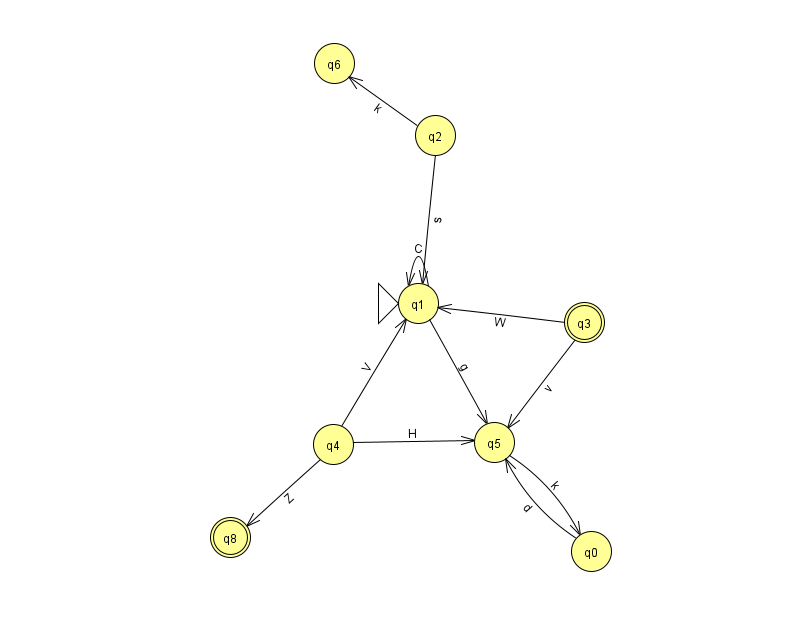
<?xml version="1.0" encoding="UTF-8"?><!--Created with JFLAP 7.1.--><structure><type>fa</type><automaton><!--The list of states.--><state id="0" name="q0"><x>591.0</x><y>538.0</y></state><state id="1" name="q1"><x>418.0</x><y>290.0</y><initial/></state><state id="2" name="q2"><x>435.0</x><y>122.0</y></state><state id="3" name="q3"><x>584.0</x><y>309.0</y><final/></state><state id="4" name="q4"><x>333.0</x><y>431.0</y></state><state id="5" name="q5"><x>494.0</x><y>429.0</y></state><state id="6" name="q6"><x>334.0</x><y>50.0</y></state><state id="8" name="q8"><x>230.0</x><y>524.0</y><final/></state><!--The list of transitions.--><transition><from>4</from><to>5</to><read>H</read></transition><transition><from>1</from><to>1</to><read>C</read></transition><transition><from>2</from><to>1</to><read>s</read></transition><transition><from>1</from><to>5</to><read>g</read></transition><transition><from>0</from><to>5</to><read>d</read></transition><transition><from>3</from><to>5</to><read>v</read></transition><transition><from>4</from><to>8</to><read>Z</read></transition><transition><from>5</from><to>0</to><read>k</read></transition><transition><from>3</from><to>1</to><read>W</read></transition><transition><from>4</from><to>1</to><read>V</read></transition><transition><from>2</from><to>6</to><read>k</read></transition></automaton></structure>